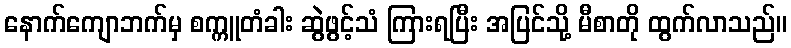
နောက်ကျောဘက်မှ စက္ကူတံခါး ဆွဲဖွင့်သံ ကြားရပြီး အပြင်သို့ မီစာတို ထွက်လာသည်။